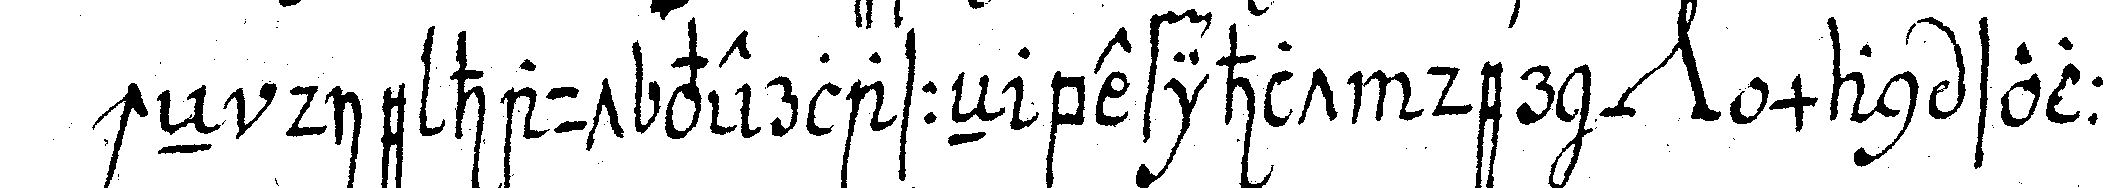
ch die haut vierlasseN befihlt der *nee* man solle